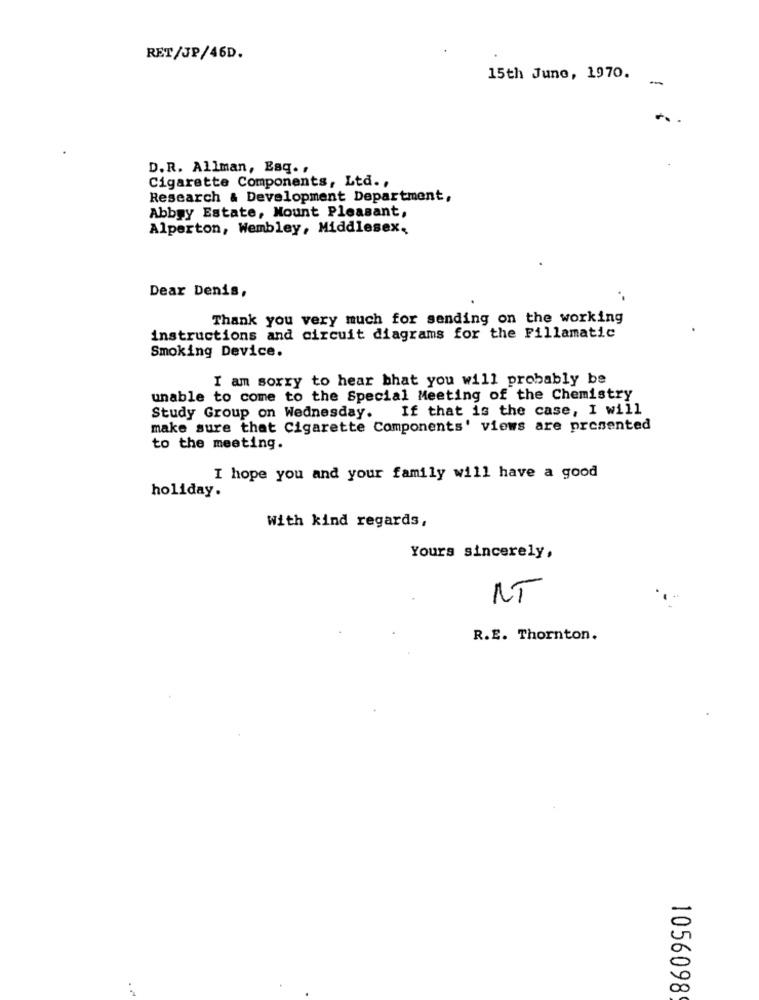
RET/JP/46D.
15th June, 1970.
-
D.R. Allman, Esq. ,
Cigarette Components, Ltd .,
Research & Development Department,
Abbyy Estate, Mount Pleasant,
Alperton, Wembley, Middlesex,
Dear Denis,
Thank you very much for sending on the working
instructions and circuit diagrams for the Fillamatic
Smoking Device.
I am sorry to hear bhat you will probably be
unable to come to the Special Meeting of the Chemistry
If that is the case, I will
Study Group on Wednesday.
make sure that Cigarette Components' views are presented
to the meeting.
I hope you and your family will have a good
holiday.
With kind regards,
Yours sincerely,
NT
R.E. Thornton.
1056098